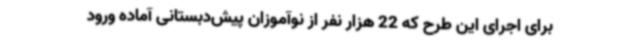
برای اجرای این طرح که 22 هزار نفر از نوآموزان پیش‌دبستانی آماده ورود